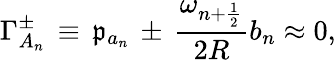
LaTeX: \Gamma_{A_{n}}^{\pm}\, \equiv\, \mathfrak{p}_{a_{n}}\, \pm\, \frac{{\omega_{n+\frac{{1}}{{2}}}}}{{2R}}b_{n}\approx0,